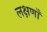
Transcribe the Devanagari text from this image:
लक्षणाँ